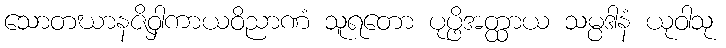
သောတဃာနဇိဝှါကာယဝိညာဏံ သူရတော ပုပ္ဖိအတ္ထာယ သမ္ပဒါနံ ယုဝါသု